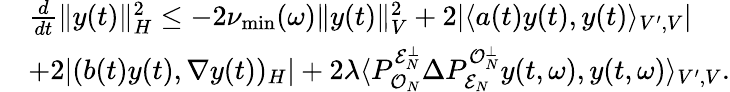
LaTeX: \begin{array}{rl}&{\frac{d}{dt}\| y(t)\| _{H}^{2}\leq-2\nu_{\operatorname*{min}}(\omega)\| y(t)\| _{V}^{2}+2|\langle a(t)y(t),y(t)\rangle_{V^{\prime},V}|}\\ &{+2|(b(t)y(t),\nabla y(t))_{H}|+2\lambda\langle P_{\mathcal{O}_{N}}^{\mathcal{E}_{N}^{\perp}}\Delta P_{\mathcal{E}_{N}}^{\mathcal{O}_{N}^{\perp}}y(t,\omega),y(t,\omega)\rangle_{V^{\prime},V}.}\end{array}